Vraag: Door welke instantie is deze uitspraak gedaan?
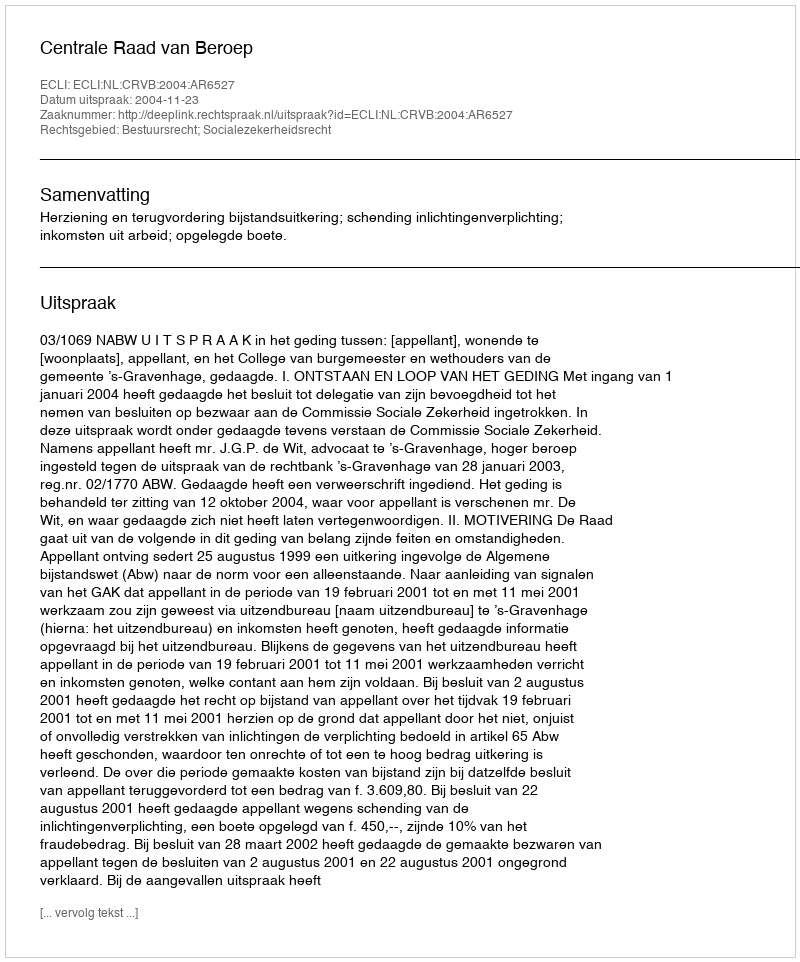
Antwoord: Centrale Raad van Beroep